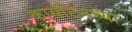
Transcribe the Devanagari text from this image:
कायटिनच्या